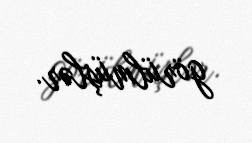
görülmüşlər.